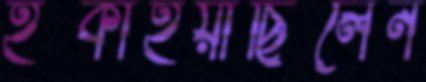
হড়্‌কাইয়াছিলেন